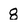
Character: 8